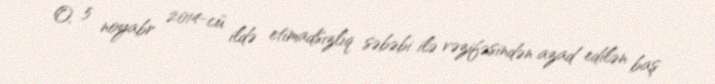
O, 5 noyabr 2014-cü ildə etimadsızlıq səbəbi ilə vəzifəsindən azad edilən baş